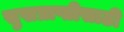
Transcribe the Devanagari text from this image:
सुखप्राप्तीसाठी